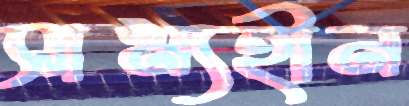
সাম্যহীন